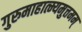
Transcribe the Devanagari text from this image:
गुरुमाहात्म्यमुत्तमम्